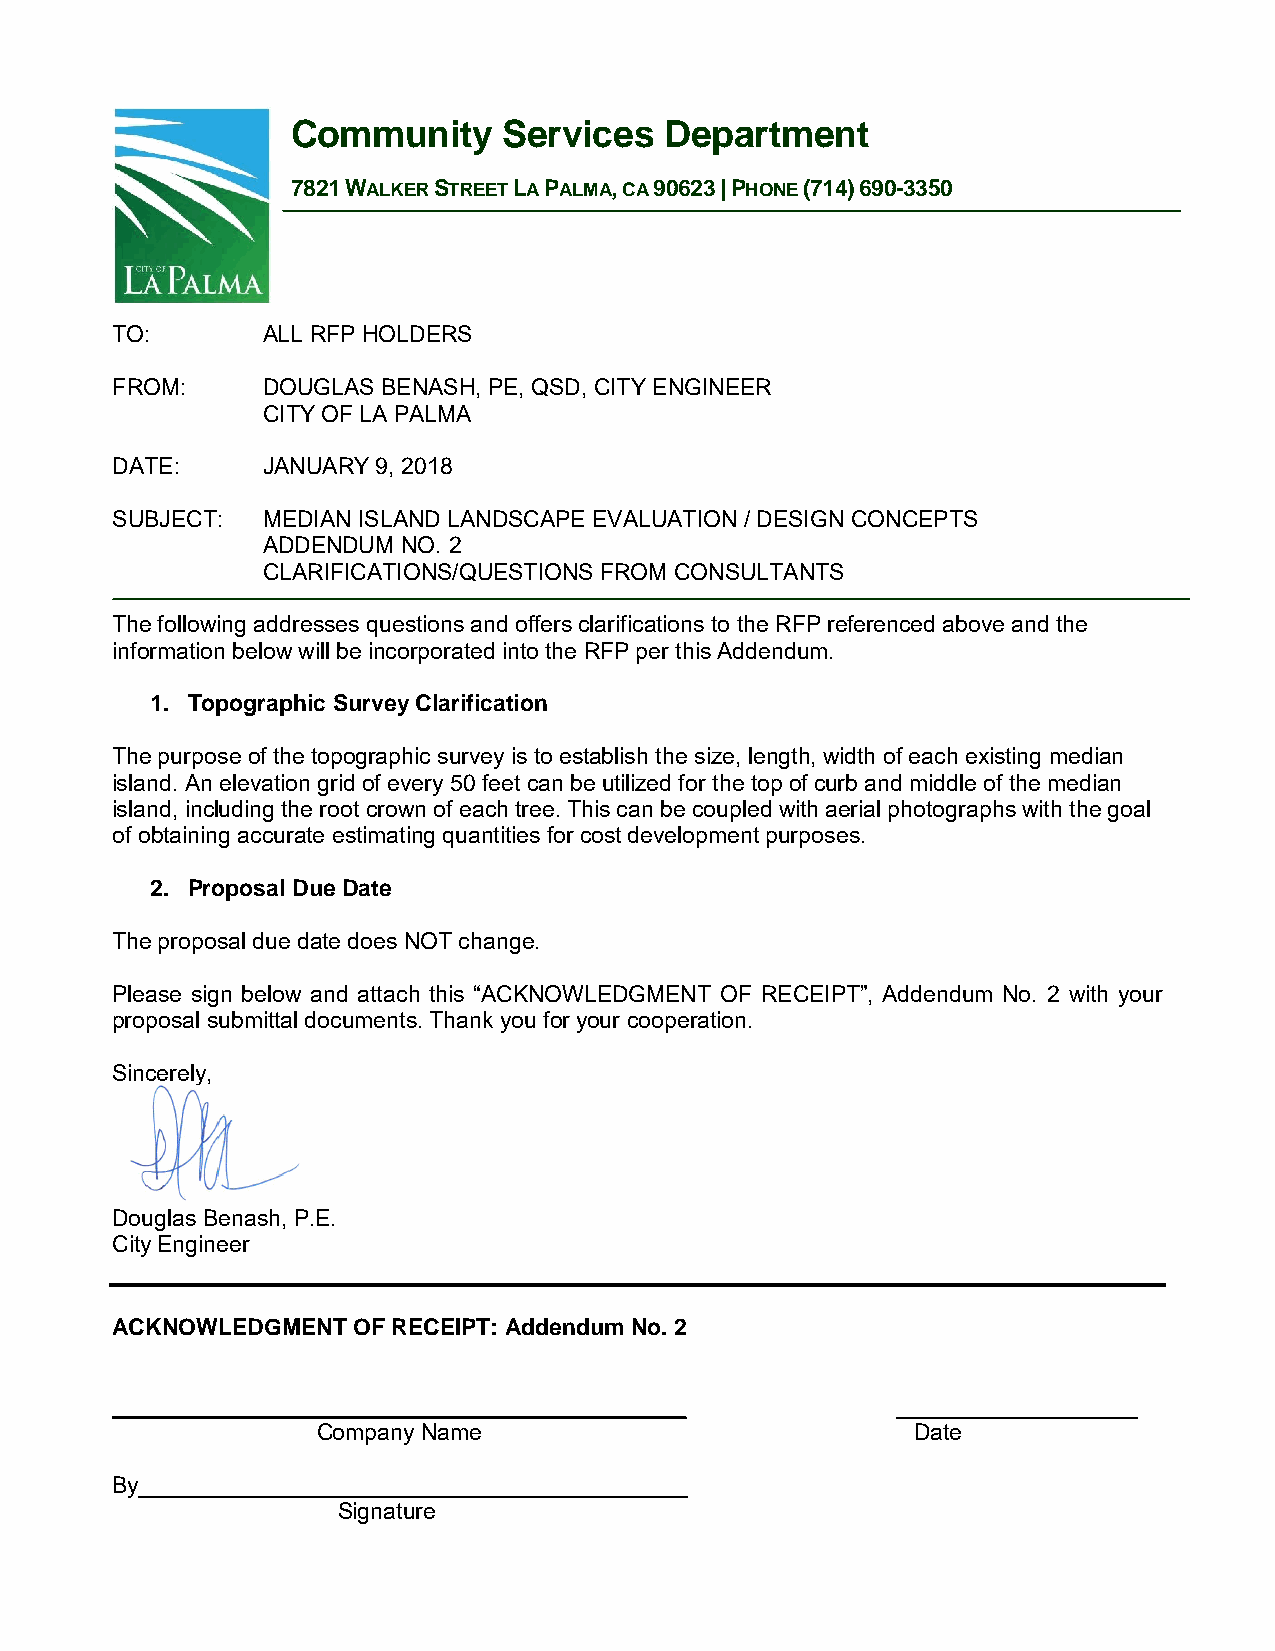
Community     Services   Department
 7821 WALKER STREET LA PALMA, CA 90623 | PHONE (714) 690-3350
 TO:       ALL RFP HOLDERS
 FROM:     DOUGLAS BENASH, PE, QSD, CITY ENGINEER
 CITY OF LA PALMA
 DATE:     JANUARY 9, 2018
 SUBJECT:  MEDIAN ISLAND LANDSCAPE EVALUATION / DESIGN CONCEPTS
 ADDENDUM  NO. 2
 CLARIFICATIONS/QUESTIONS FROM CONSULTANTS
 The following addresses questions and offers clarifications to the RFP referenced above and the
 information below will be incorporated into the RFP per this Addendum.
 1. Topographic Survey Clarification
 The purpose of the topographic survey is to establish the size, length, width of each existing median
 island. An elevation grid of every 50 feet can be utilized for the top of curb and middle of the median
 island, including the root crown of each tree. This can be coupled with aerial photographs with the goal
 of obtaining accurate estimating quantities for cost development purposes.
 2. Proposal Due Date
 The proposal due date does NOT change.
 Please sign below and attach this “ACKNOWLEDGMENT OF RECEIPT”, Addendum No. 2 with your
 proposal submittal documents. Thank you for your cooperation.
 Sincerely,
 Douglas Benash, P.E.
 City Engineer
 ACKNOWLEDGMENT  OF RECEIPT: Addendum No. 2
 _____________________________________________       ___________________
 Company Name                            Date
 By___________________________________________
 Signature